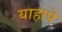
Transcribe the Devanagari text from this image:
याहापे